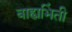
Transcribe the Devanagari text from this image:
बाह्यभिंती